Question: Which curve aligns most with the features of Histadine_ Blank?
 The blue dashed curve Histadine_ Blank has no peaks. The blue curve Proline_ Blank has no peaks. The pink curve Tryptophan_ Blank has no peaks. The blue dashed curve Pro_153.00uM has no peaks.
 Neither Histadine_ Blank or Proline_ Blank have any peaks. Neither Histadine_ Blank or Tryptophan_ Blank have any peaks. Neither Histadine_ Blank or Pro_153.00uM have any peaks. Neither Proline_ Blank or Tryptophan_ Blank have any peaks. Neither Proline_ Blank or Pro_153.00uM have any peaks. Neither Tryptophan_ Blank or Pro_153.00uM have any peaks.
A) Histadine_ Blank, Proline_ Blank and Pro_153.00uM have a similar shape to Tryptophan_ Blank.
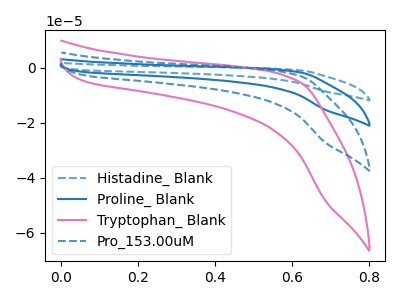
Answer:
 <answer>A) "Histadine_ Blank", "Proline_ Blank" and "Pro_153.00uM" have a similar shape to "Tryptophan_ Blank".</answer>
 <eval>A</eval>